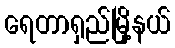
ရေတာရှည်မြို့နယ်